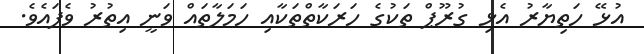
އުޅޭ ހަތިޔާރު އެޅި ގުރޫޕް ތަކުގެ ހަރަކާތްތަކާއި ހަމަލާތައް ވަނީ އިތުރު ވެފައެވެ.